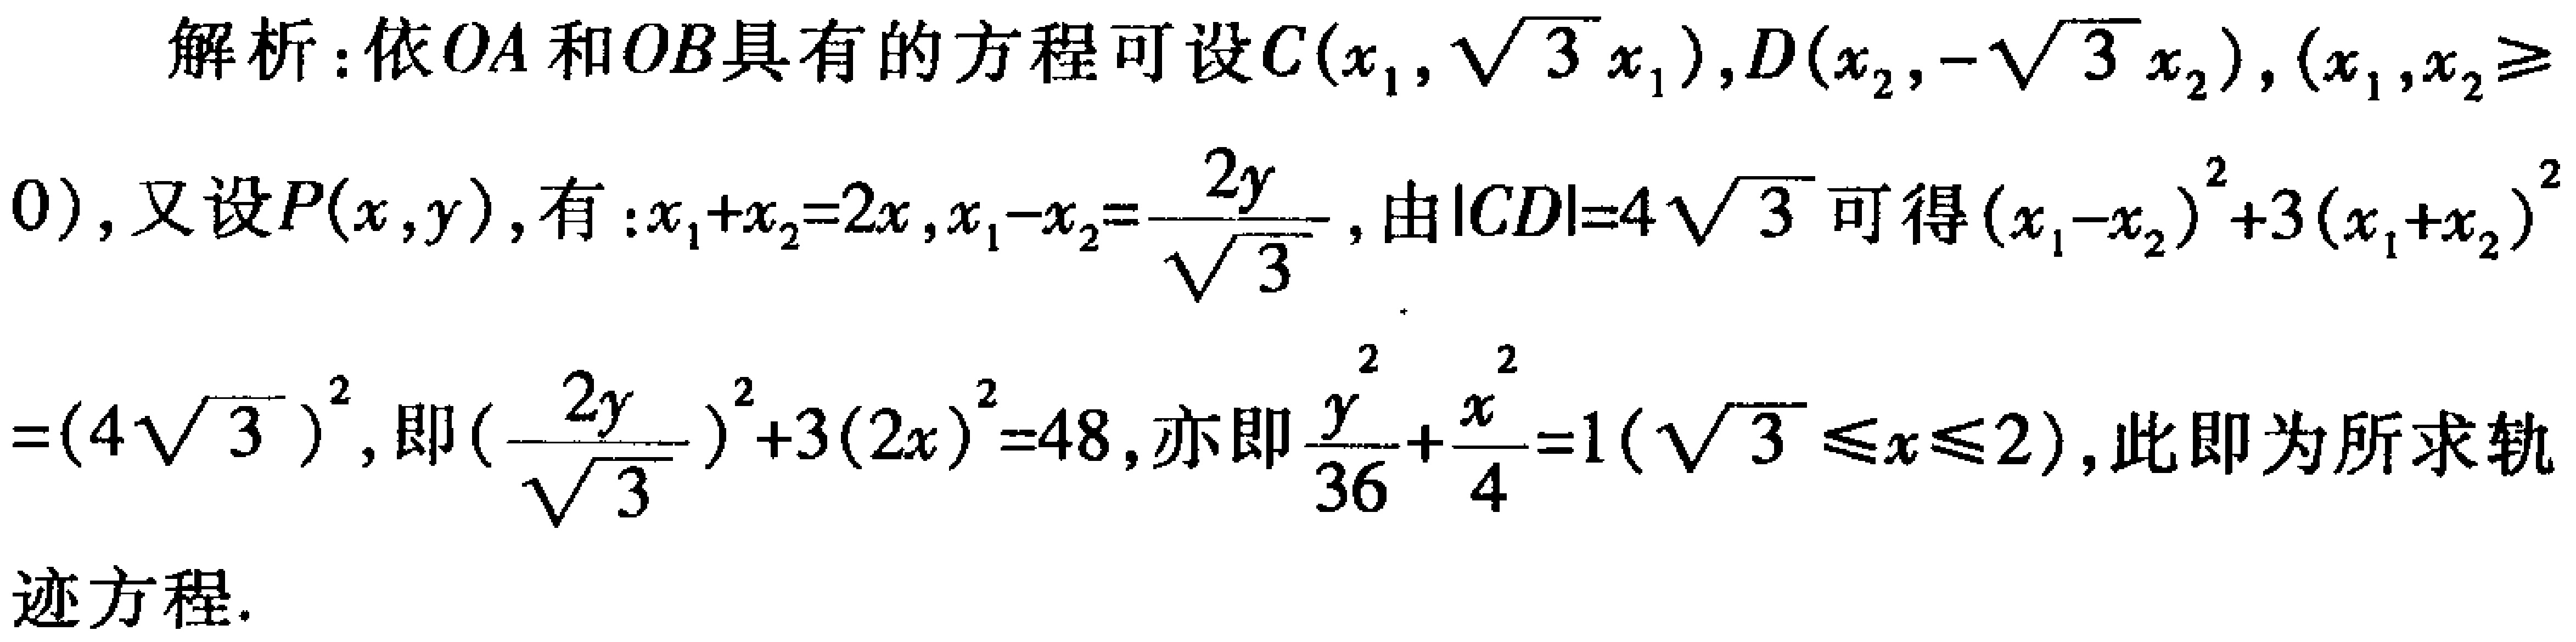
解析：依\(OA\)和\(OB\)具有的方程可设\(C(x_1,\sqrt{3}x_1),D(x_2,-\sqrt{3}x_2),(x_1,x_2\geq0)\)，又设\(P(x,y)\)，有：\(x_1 + x_2 = 2x\)，\(x_1 - x_2 = \frac{2y}{\sqrt{3}}\)，由\(\vert CD\vert = 4\sqrt{3}\)可得\((x_1 - x_2)^2 + 3(x_1 + x_2)^2=(4\sqrt{3})^2\)，即\((\frac{2y}{\sqrt{3}})^2 + 3(2x)^2 = 48\)，亦即\(\frac{y^2}{36}+\frac{x^2}{4}=1(\sqrt{3}\leq x\leq2)\)，此即为所求轨迹方程.